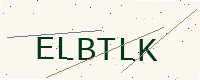
Text: ELBTLK